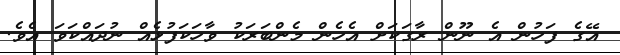
އޭގެ ފަހުން އެ ނޫން ރާގަކަށް އެހެން މެންބަރަކު ވާހަކަފުޅެއް ނުދައްކަވަ އެވެ.